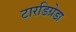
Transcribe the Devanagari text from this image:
टारडिग्रेडा